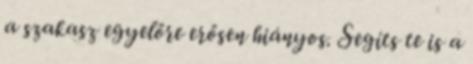
a szakasz egyelőre erősen hiányos. Segíts te is a